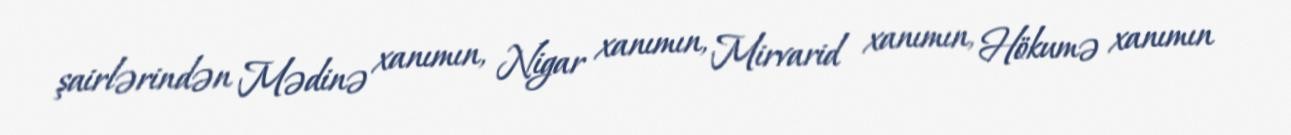
şairlərindən Mədinə xanımın, Nigar xanımın, Mirvarid xanımın, Hökumə xanımın